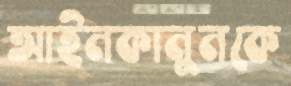
আইনকানুনকে